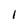
Character: I